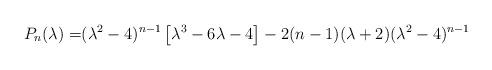
LaTeX: \begin{align*}P_{n}(\lambda)=&(\lambda^2-4)^{n-1}\left[\lambda^3-6\lambda-4\right]-2(n-1)(\lambda+2)(\lambda^2-4)^{n-1}\end{align*}